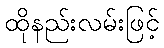
ထိုနည်းလမ်းဖြင့်